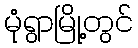
မုံရွာမြို့တွင်